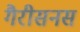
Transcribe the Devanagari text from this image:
गैरीसनस